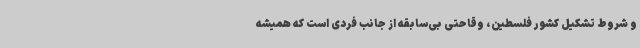
و شروط تشکیل کشور فلسطین، وقاحتی بی‌سابقه از جانب فردی است که همیشه